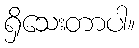
ရှိသေးတာပါ။